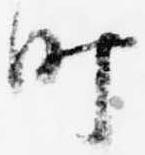
町